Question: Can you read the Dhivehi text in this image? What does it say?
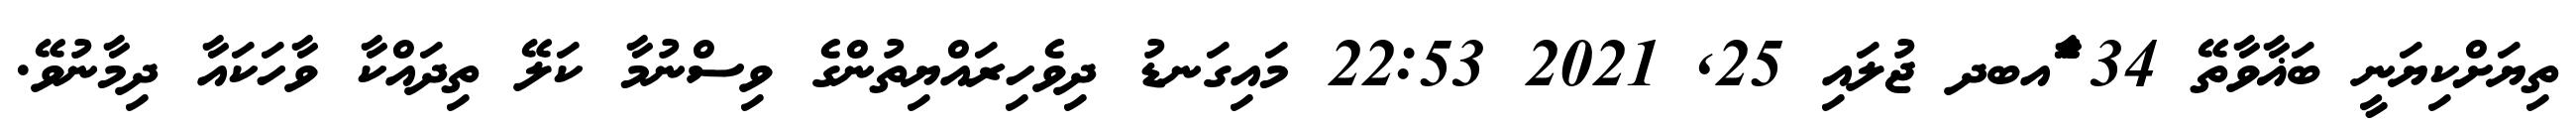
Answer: ތިޔަށްކިޔަނީ ބަޣާވާތޭ 34 ާަެެައބދ ޖުލައި 25, 2021 22:53 މައިގަނޑު ދިވެހިރައްޔިތުންގެ ވިސްނުމާ ކަލޭ ތިދައްކާ ވާހަކައާ ދިމާނުވޭ.